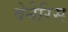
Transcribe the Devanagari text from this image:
वेनेरिस